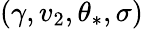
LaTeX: (\gamma,v_{2},\theta_{\ast},\sigma)